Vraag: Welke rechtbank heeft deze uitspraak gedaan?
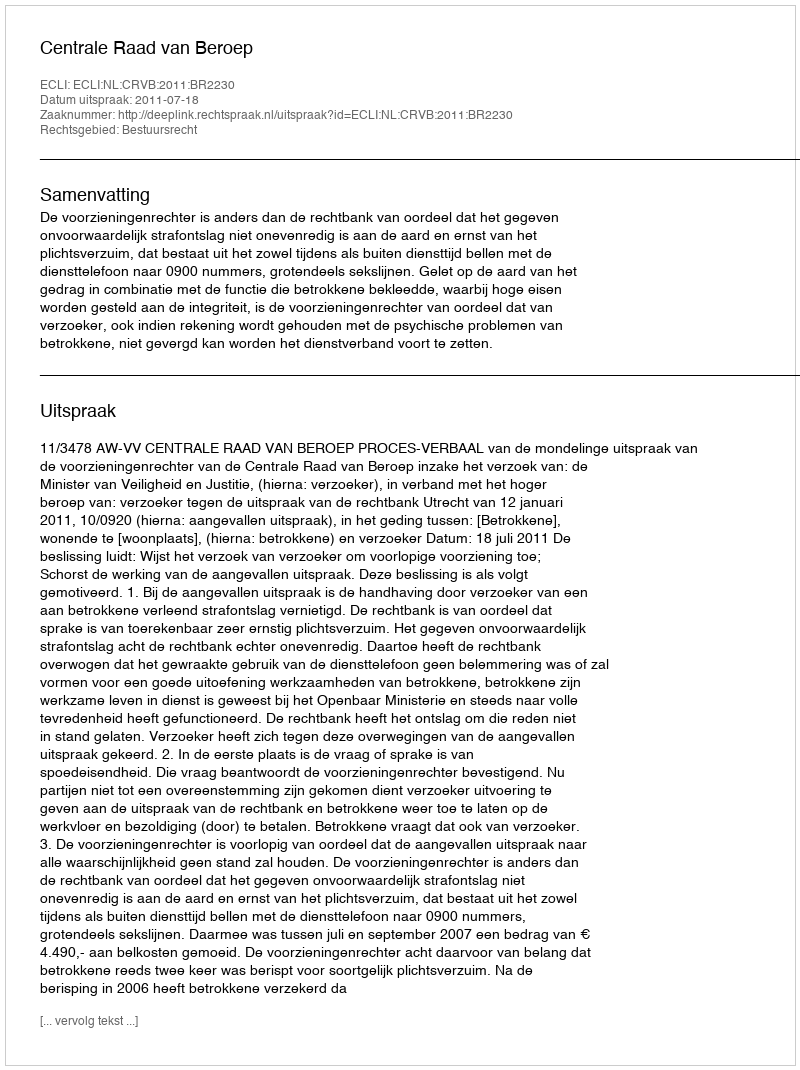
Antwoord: Centrale Raad van Beroep